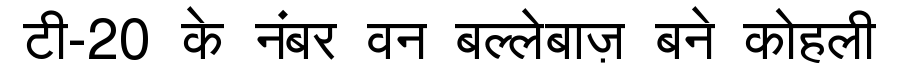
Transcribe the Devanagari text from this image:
टी-20 के नंबर वन बल्लेबाज़ बने कोहली